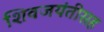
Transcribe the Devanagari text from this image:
शिवजयंतीसह